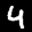
Label: 4